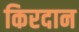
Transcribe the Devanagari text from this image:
किरदान